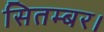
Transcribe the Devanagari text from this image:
सितम्बर।